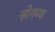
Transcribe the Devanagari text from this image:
ऱ्होनच्या